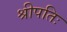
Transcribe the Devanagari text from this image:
श्रीपतिः